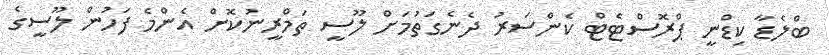
ބްލެޑާ ކިޑްނީ ޕްރޮސްޓެޓް ކެންސަރު ދެނެގަތުމަށް ލޫސީ ތަމްރީނުކޮށް އެންމެ ފަހުން ލޫސީގެ